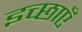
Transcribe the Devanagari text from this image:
इच्‍छाएँ